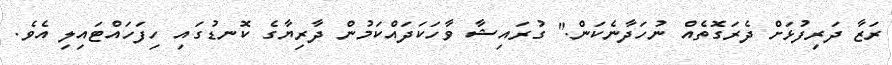
ރަޒާ ދަރިފުޅަށް ދެރަގޮތެއް ނުހަދާނެކަން." ގުރައިޝާ ވާހަކަދައްކަމުން ދާރިޔާގެ ކޮނޑުގައި ހިފަހައްޓައިލި އެވެ.